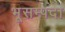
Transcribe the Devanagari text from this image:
भूसम्पदा